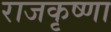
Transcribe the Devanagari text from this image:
राजकृष्णा